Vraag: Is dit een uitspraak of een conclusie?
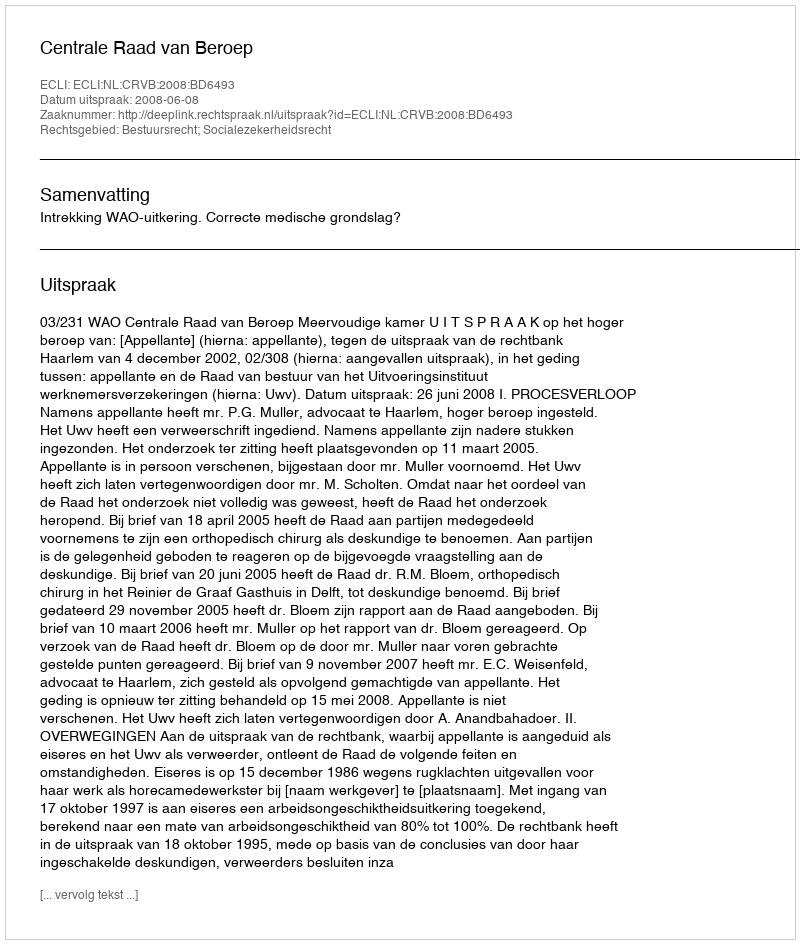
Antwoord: Uitspraak